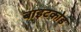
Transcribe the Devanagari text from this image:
बाइटकोड